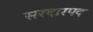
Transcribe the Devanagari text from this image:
सरदारपद